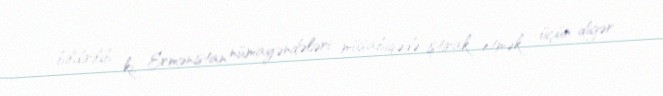
bildirilib ki, Ermənistan nümayəndələri müsabiqədə iştirak etmək üçün digər